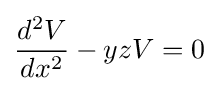
{\frac {d^{2}V}{dx^{2}}}-yzV=0